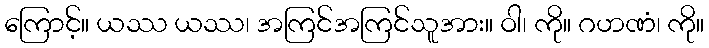
ကြောင့်။ ယဿ ယဿ၊ အကြင်အကြင်သူအား။ ဝါ၊ ကို။ ဂဟဏံ၊ ကို။